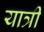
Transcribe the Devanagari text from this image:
यात्री